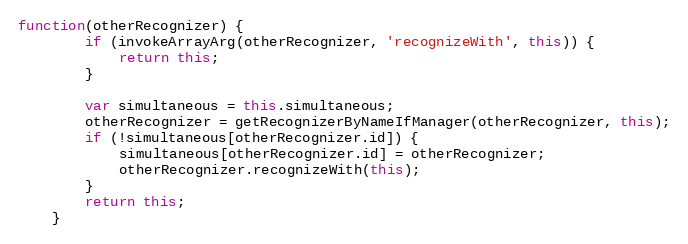
Language: JavaScript
function(otherRecognizer) {
        if (invokeArrayArg(otherRecognizer, 'recognizeWith', this)) {
            return this;
        }

        var simultaneous = this.simultaneous;
        otherRecognizer = getRecognizerByNameIfManager(otherRecognizer, this);
        if (!simultaneous[otherRecognizer.id]) {
            simultaneous[otherRecognizer.id] = otherRecognizer;
            otherRecognizer.recognizeWith(this);
        }
        return this;
    }